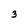
Character: 3